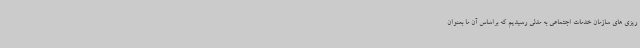
ریزی های سازمان خدمات اجتماعی به مدلی رسیدیم که براساس آن ما بعنوان